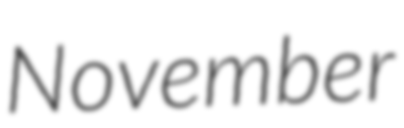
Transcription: November